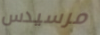
مرسيدس